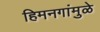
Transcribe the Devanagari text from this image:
हिमनगांमुळे